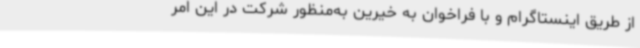
از طریق اینستاگرام و با فراخوان به خیرین به‌منظور شرکت در این امر